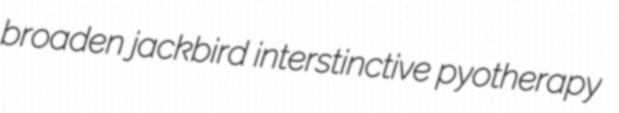
broaden jackbird interstinctive pyotherapy